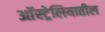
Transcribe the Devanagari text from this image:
अाॅस्ट्रेलियातील